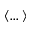
\langle \dots \rangle